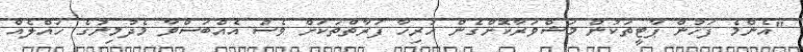
"އެންމެ ފަހުން ޕާޓީތަކުން މަޝްވަރާކޮށްގެން ހުރިހާ ފަރާތްތަކަށް ވެސް އެއްބަސްވާ މެދުމިނުގެ ހައްލެއް